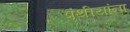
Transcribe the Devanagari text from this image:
पंथीयांना